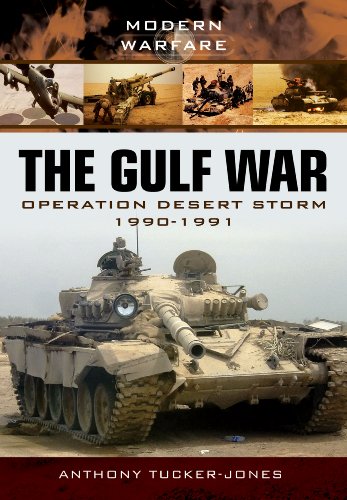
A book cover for The Gulf War: Operation Desert Storm 1990-1991 (Modern Warfare); Anthony Tucker-Jones; History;